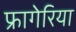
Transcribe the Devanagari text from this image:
फ्रागेरिया